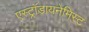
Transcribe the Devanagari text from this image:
एस्ट्राॅडायनेमिस्ट